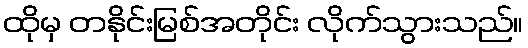
ထိုမှ တနိုင်းမြစ်အတိုင်း လိုက်သွားသည်။